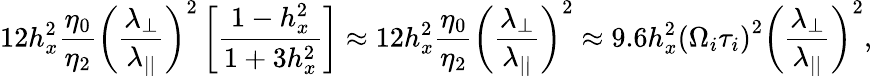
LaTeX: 12h_{x}^{2}\frac{\eta_{0}}{\eta_{2}}\left(\frac{\lambda_{\perp}}{\lambda_{||}}\right)^{2}\left[\frac{1-h_{x}^{2}}{1+3h_{x}^{2}}\right]\approx 12h_{x}^{2}\frac{\eta_{0}}{\eta_{2}}\left(\frac{\lambda_{\perp}}{\lambda_{||}}\right)^{2}\approx 9.6h_{x}^{2}\left(\Omega_{i}\tau_{i}\right)^{2}\left(\frac{\lambda_{\perp}}{\lambda_{||}}\right)^{2},